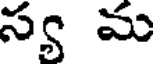
స్య మ